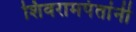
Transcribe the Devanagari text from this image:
शिवरामपंतांनी